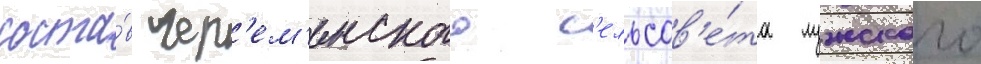
соста́в чер'ем'енского с'ельсов'е́та лужского